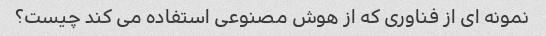
نمونه ای از فناوری که از هوش مصنوعی استفاده می کند چیست؟